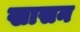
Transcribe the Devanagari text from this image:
खासन